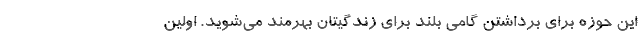
این حوزه برای برداشتن گامی بلند برای زندگیتان بهرمند می‌شوید. اولین